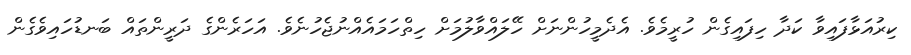
ކިރުއަޅާފައިވާ ކަދާ ހިފައިގެން ހުރީމެވެ. އެދެމީހުންނަށް ހޭލައްވާލުމަށް ހިތްހަމައެއްނުޖެހުނެވެ. އަހަރެންގެ ދަރީންތައް ބަނޑުހައިވެގެން